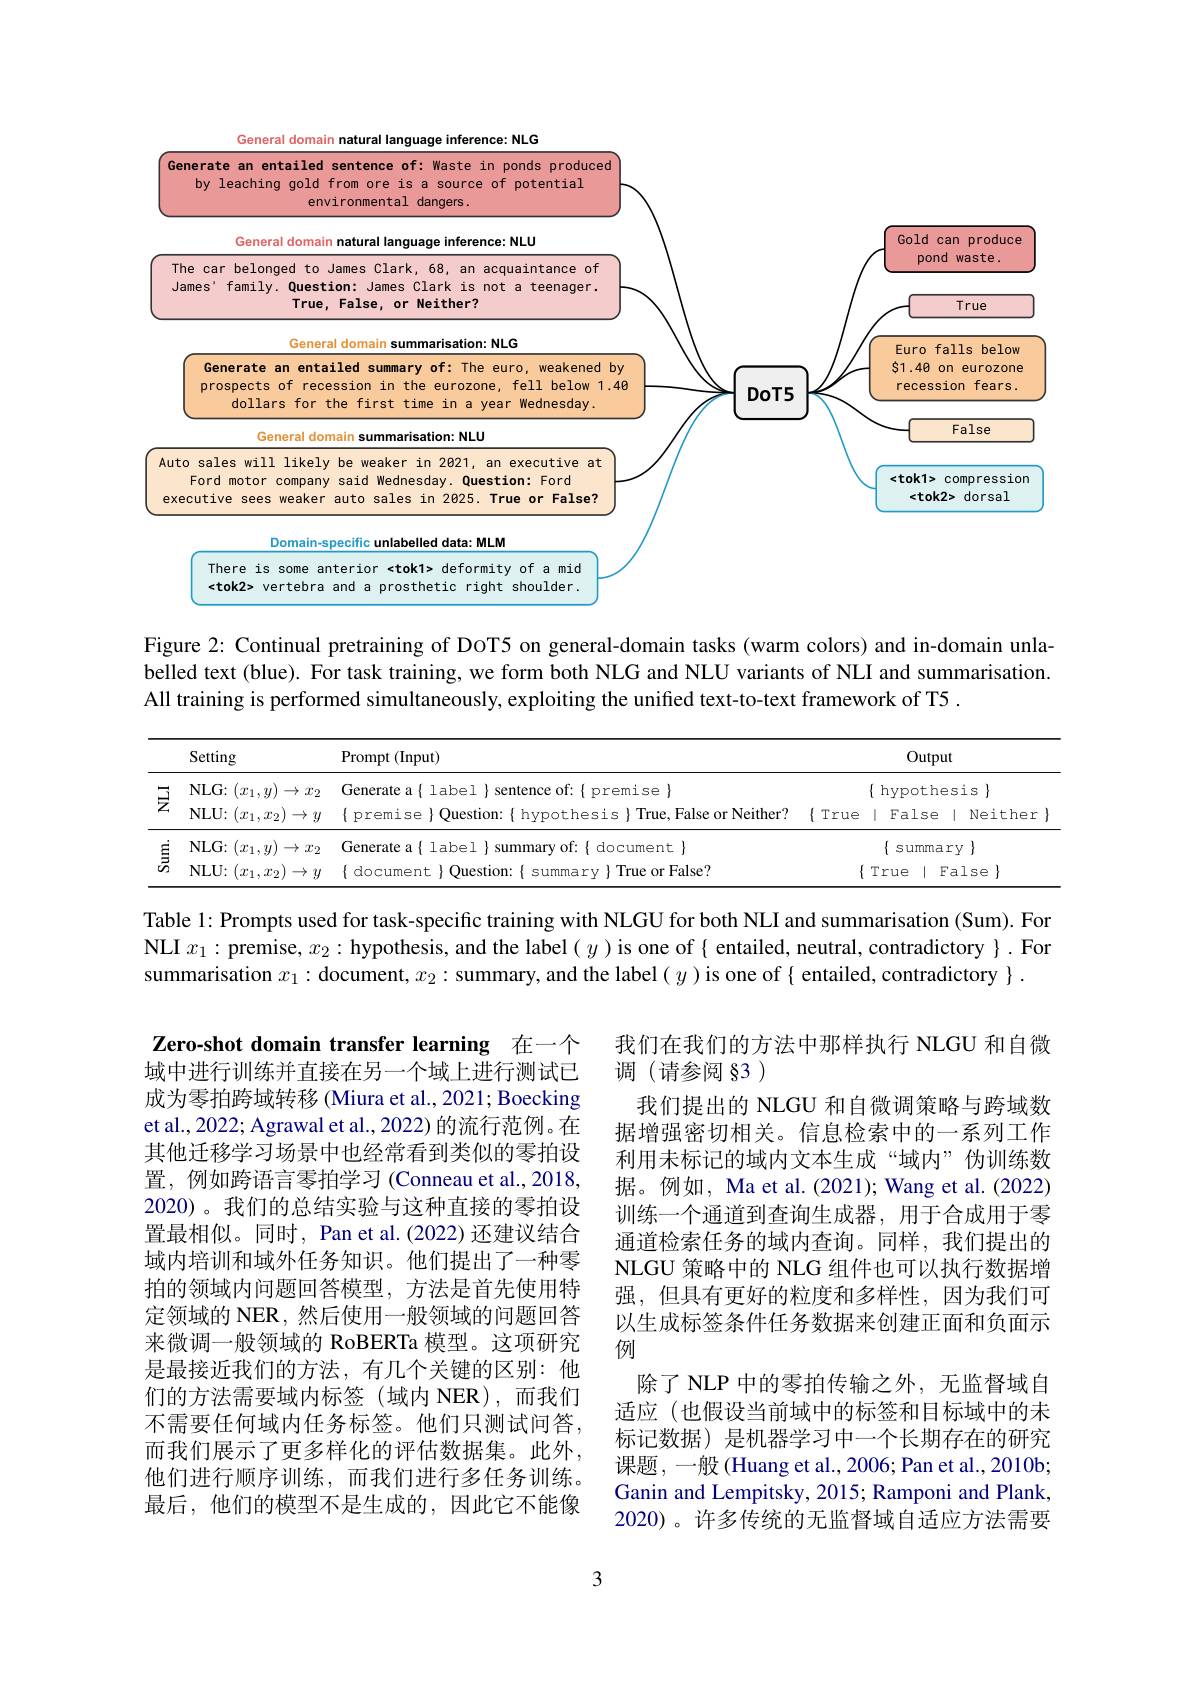
<FigureHere>

Figure 2: Continual pretraining of DoT5 on general-domain tasks (warm colors) and in-domain unlabelled text (blue). For task training, we form both NLG and NLU variants of NLI and summarisation. All training is performed simultaneously, exploiting the unified text-to-text framework of T5 .

<table>
	<tbody>
		<tr>
			<th> </th>
			<th>Setting</th>
			<th>$\operatorname{Prompt}\left(\operatorname{Input}\right)$</th>
			<th>Output</th>
		</tr>
		<tr>
			<th>豆</th>
			<th>NLG: $( x_{1}, y)$ $\to x_2$ $\mathbf{NLU:}(x_{1},x_{2})$ $\rightarrow y$</th>
			<th>Generate a{ label }sentence of:{ premise} $\{$ premise $\}$Question:{hypothesis}True,False or Neither?</th>
			<th>$\{$ hypothesis$\}$ False Neither $1\in$ </th>
		</tr>
	</tbody>
</table>

Table 1: Prompts used for task-specific training with NLGU for both NLI and summarisation (Sum). For $NLI $x_1:$ premise, $x_2:$ hypothesis, and the label $(y)$ is one of { entailed, neutral, contradictory }.$ For summarisation $x_1:$ document, $x_2:$ summary, and the label( $y)$ is one of $\{$ entailed, contradictory $\}.$

Zero-shot domain transfer learning 在一个域中进行训练并直接在另一个域上进行测试已成为零拍跨域转移 (Miura et al., 2021; Boecking et al., 2022; Agrawal et al., 2022) 的流行范例。在其他迁移学习场景中也经常看到类似的零拍设置，例如跨语言零拍学习(Conneau et al., 2018, 2020)。我们的总结实验与这种直接的零拍设置最相似。同时，Pan et al.(2022) 还建议结合域内培训和域外任务知识。他们提出了一种零拍的领域内问题回答模型，方法是首先使用特定领域的 NER, 然后使用一般领域的问题回答来微调一般领域的 RoBERTa 模型。这项研究是最接近我们的方法，有几个关键的区别：他们的方法需要域内标签(域内 NER),而我们不需要任何域内任务标签。他们只测试问答， 而我们展示了更多样化的评估数据集。此外， 他们进行顺序训练，而我们进行多任务训练。最后，他们的模型不是生成的，因此它不能像

我们在我们的方法中那样执行 NLGU 和自微
调(请参阅§3)
我们提出的 NLGU 和自微调策略与跨域数据增强密切相关。信息检索中的一系列工作利用未标记的域内文本生成“域内”伪训练数据。例如，Ma et al. (2021); Wang et al. (2022) 训练一个通道到查询生成器，用于合成用于零通道检索任务的域内查询。同样，我们提出的NLGU 策略中的 NLG 组件也可以执行数据增强，但具有更好的粒度和多样性，因为我们可以生成标签条件任务数据来创建正面和负面示例
除了 NLP 中的零拍传输之外，无监督域自适应 (也假设当前域中的标签和目标域中的未标记数据)是机器学习中一个长期存在的研究课题，一般(Huang et al., 2006; Pan et al., 2010b Ganin and Lempitsky, 2015; Ramponi and Plank, 2020)。许多传统的无监督域自适应方法需要

3